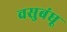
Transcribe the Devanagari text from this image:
वसुबंधू